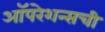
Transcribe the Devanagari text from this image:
ऑपरेशन्सची